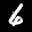
Label: 6